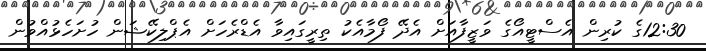
12:30ގެ ކުރިން އެސްޓީއޯގެ ވަޒީފާއަށް އެދޭ ފޯމާއެކު ތިރީގައިވާ އެޑްރެހަށް އެޕްލިކޭޝަން ހުށަހެޅުއްވުން